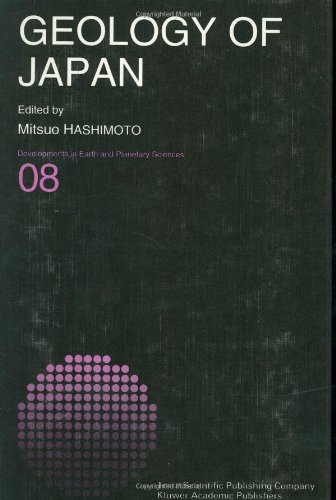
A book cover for Geology of Japan (Developments in Earth and Planetary Sciences); Science & Math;